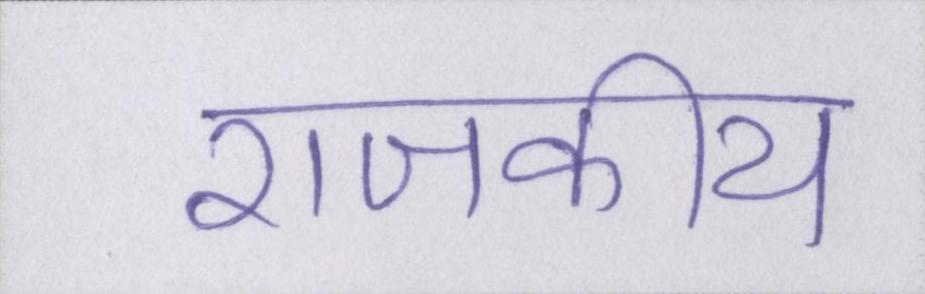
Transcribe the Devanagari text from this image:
राजकीय